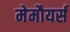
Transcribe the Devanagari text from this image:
मेमौयर्स